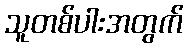
သူတစ်ပါးအတွက်